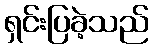
ရှင်းပြခဲ့သည်